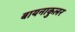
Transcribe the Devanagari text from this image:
बायनाकुलर